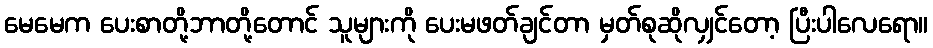
မေမေက ပေးစာတို့ဘာတို့တောင် သူများကို ပေးမဖတ်ချင်တာ မှတ်စုဆိုလျှင်တော့ ပြီးပါလေရော။